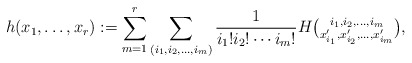
\begin{align*} h(x_1,\ldots,x_r):=\sum_{m=1}^r\sum_{(i_1,i_2,\ldots,i_m)} \frac{1}{i_1!i_2!\cdots i_m!} H\tbinom{i_1,i_2,\ldots,i_m}{x_{i_1}',x_{i_2}',\ldots,x_{i_m}'},\end{align*}